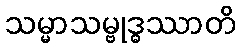
သမ္မာသမ္ဗုဒ္ဓဿာတိ